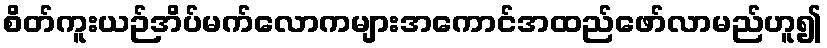
စိတ်ကူးယဉ်အိပ်မက်လောကများအကောင်အထည်ဖော်လာမည်ဟူ၍